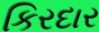
કિરદાર